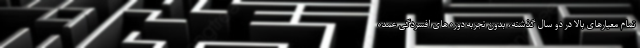
تمام معیارهای بالا در دو سال گذشته، بدون تجربه دوره های افسردگی عمده